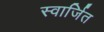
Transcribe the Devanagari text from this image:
स्वार्जित